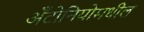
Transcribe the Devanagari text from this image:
अँटोनियोमधील